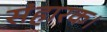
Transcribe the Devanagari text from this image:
संहारक।